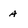
Character: A